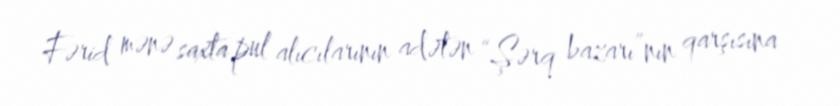
Fərid mənə saxta pul alıcılarının adətən “Şərq bazarı”nın qarşısına